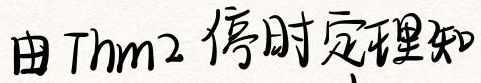
由Thm2 停时定理知